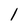
Character: l